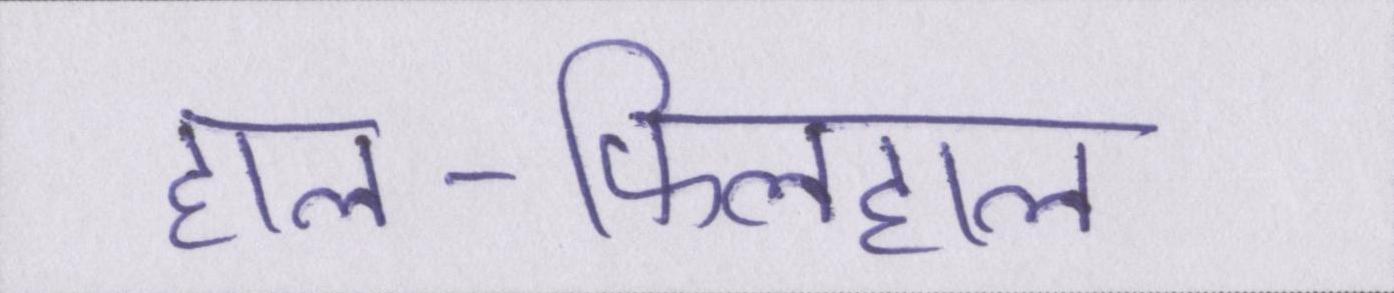
हाल-फिलहाल